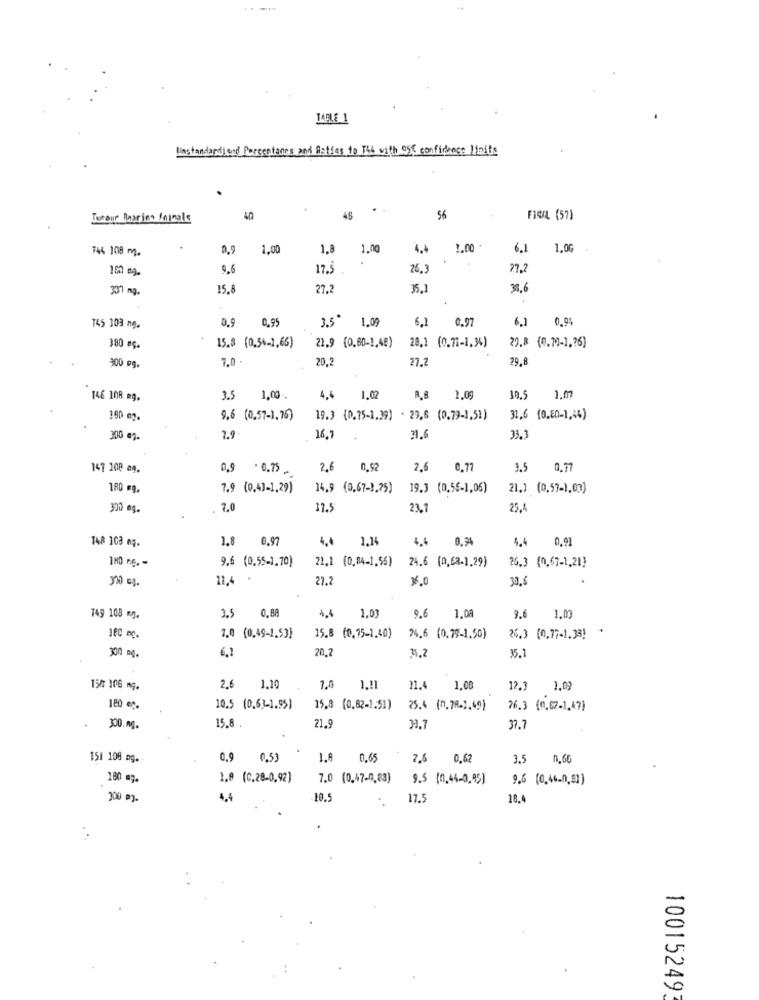
JABLE 1
Unstandardiend Percentages and Ratios to The with 055 confidence limits
..
Tuteur Daarin. Ininals
40
46
56
FIEL (57)
744 108 m.
0.9
1.00
1,8
1.00
4.4
1.00 *
6.1
1.0G
.
0,6
17.5
26.
27.2
337 ng.
15.8
27.2
35.1
31,6
0.9
6,1
0.97
6.1
0.05
745 303 ng.
0.95
3.5º 1.09
380 eg.
15.8 (0,50-1,66)
28.1 (0.77-1,34)
29.8 (0.72-1 ,? 6)
300 eg.
7.0 .
20,2
27.2
79,8
146 108 mg.
3.5
1.00.
4.4 1,02
R.B 1,09
10.5
9,6 (0,57-1,76)
19.3 (0.75-1.29) . 29,6 (0.73-1,52)
31,6 (0.50-1,44)
300 mg.
7.9
16,1
33.3
147 100 a4.
0,9 . 0.75
2,6
0.92
2.6
0.7
3.5
0.77
180 mg,
7.9 (0.4]-1,29)
14,9 (0,67-1.25)
19.3 (0.5€-1,06)
21.1 (0.57-1.03)
330 og.
7.0
17.5
23.7
25.4
748 103 mg.
1.8
0.97
4.0
1,14
4.4
0.94
0,91
4.4
9.6 (0,55-1,70)
21.1 (0,14-1,55)
24.6 (0, 63-1.29)
26.3 (0,67-1,21)
310 cq.
11,4
.
27.2
30,6
0.88
4.4
749 103 mg.
3.5
1.03
9.6
1.08
9,6
1.09
180 mg.
1.0 (0,49-1,53)
15.8 (0,75-1,40)
24.6 (0.79-1.50)
26.3 (0,77-1.33]
300 mg.
6,2
20.2
35.1
35,2
15/7 106 mg.
2.6
1.10
7.0
31.4
1.00
12.3
100 et.
10.5 (0,63-1.95)
15,8 (0,62-1.51)
25.4 (n.78.1.49)
76.3 (0.67-1,47)
300. M.
15.8
21.9
37.7
151 108 mg.
0.9
0.53
1.8
0,65
2.6
0,62
3.5 0,60
180 mg.
1.9 (0,28-0,92)
7.0 (0.47-0,83)
9.5 (0.44-0.95]
9.6 (0,46.0,83)
300 m2.
4.4
17.5
18.4
-
5
D
10015249